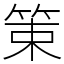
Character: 䇿